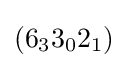
(6_{3}3_{0}2_{1})